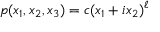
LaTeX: p ( x _ { 1 } , x _ { 2 } , x _ { 3 } ) = c ( x _ { 1 } + i x _ { 2 } ) ^ { \ell }